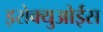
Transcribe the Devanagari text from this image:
इरोक्युओईस